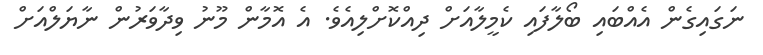
ނަގައިގެން އެއްބައި ބޯލާފައި ކެމީލާއަށް ދިއްކޮށްލިއެވެ. އެ އޮމާން މޫނު ވިދާވަރުން ނާޔަލްއަށް